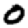
Digit: 0